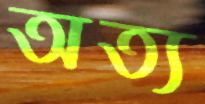
অত্য